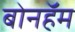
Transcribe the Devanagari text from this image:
बोनहॅम